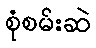
စုံစမ်းဆဲ